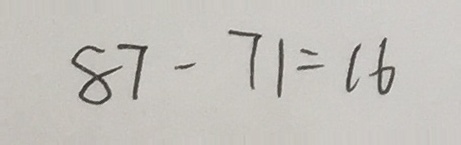
8 7 - 7 1 = 1 6